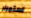
استمرار